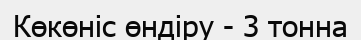
Көкөніс өндіру - 3 тонна